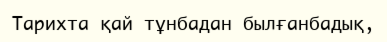
Тарихта қай тұнбадан былғанбадық,